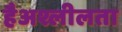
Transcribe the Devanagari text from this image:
हैअश्लीलता